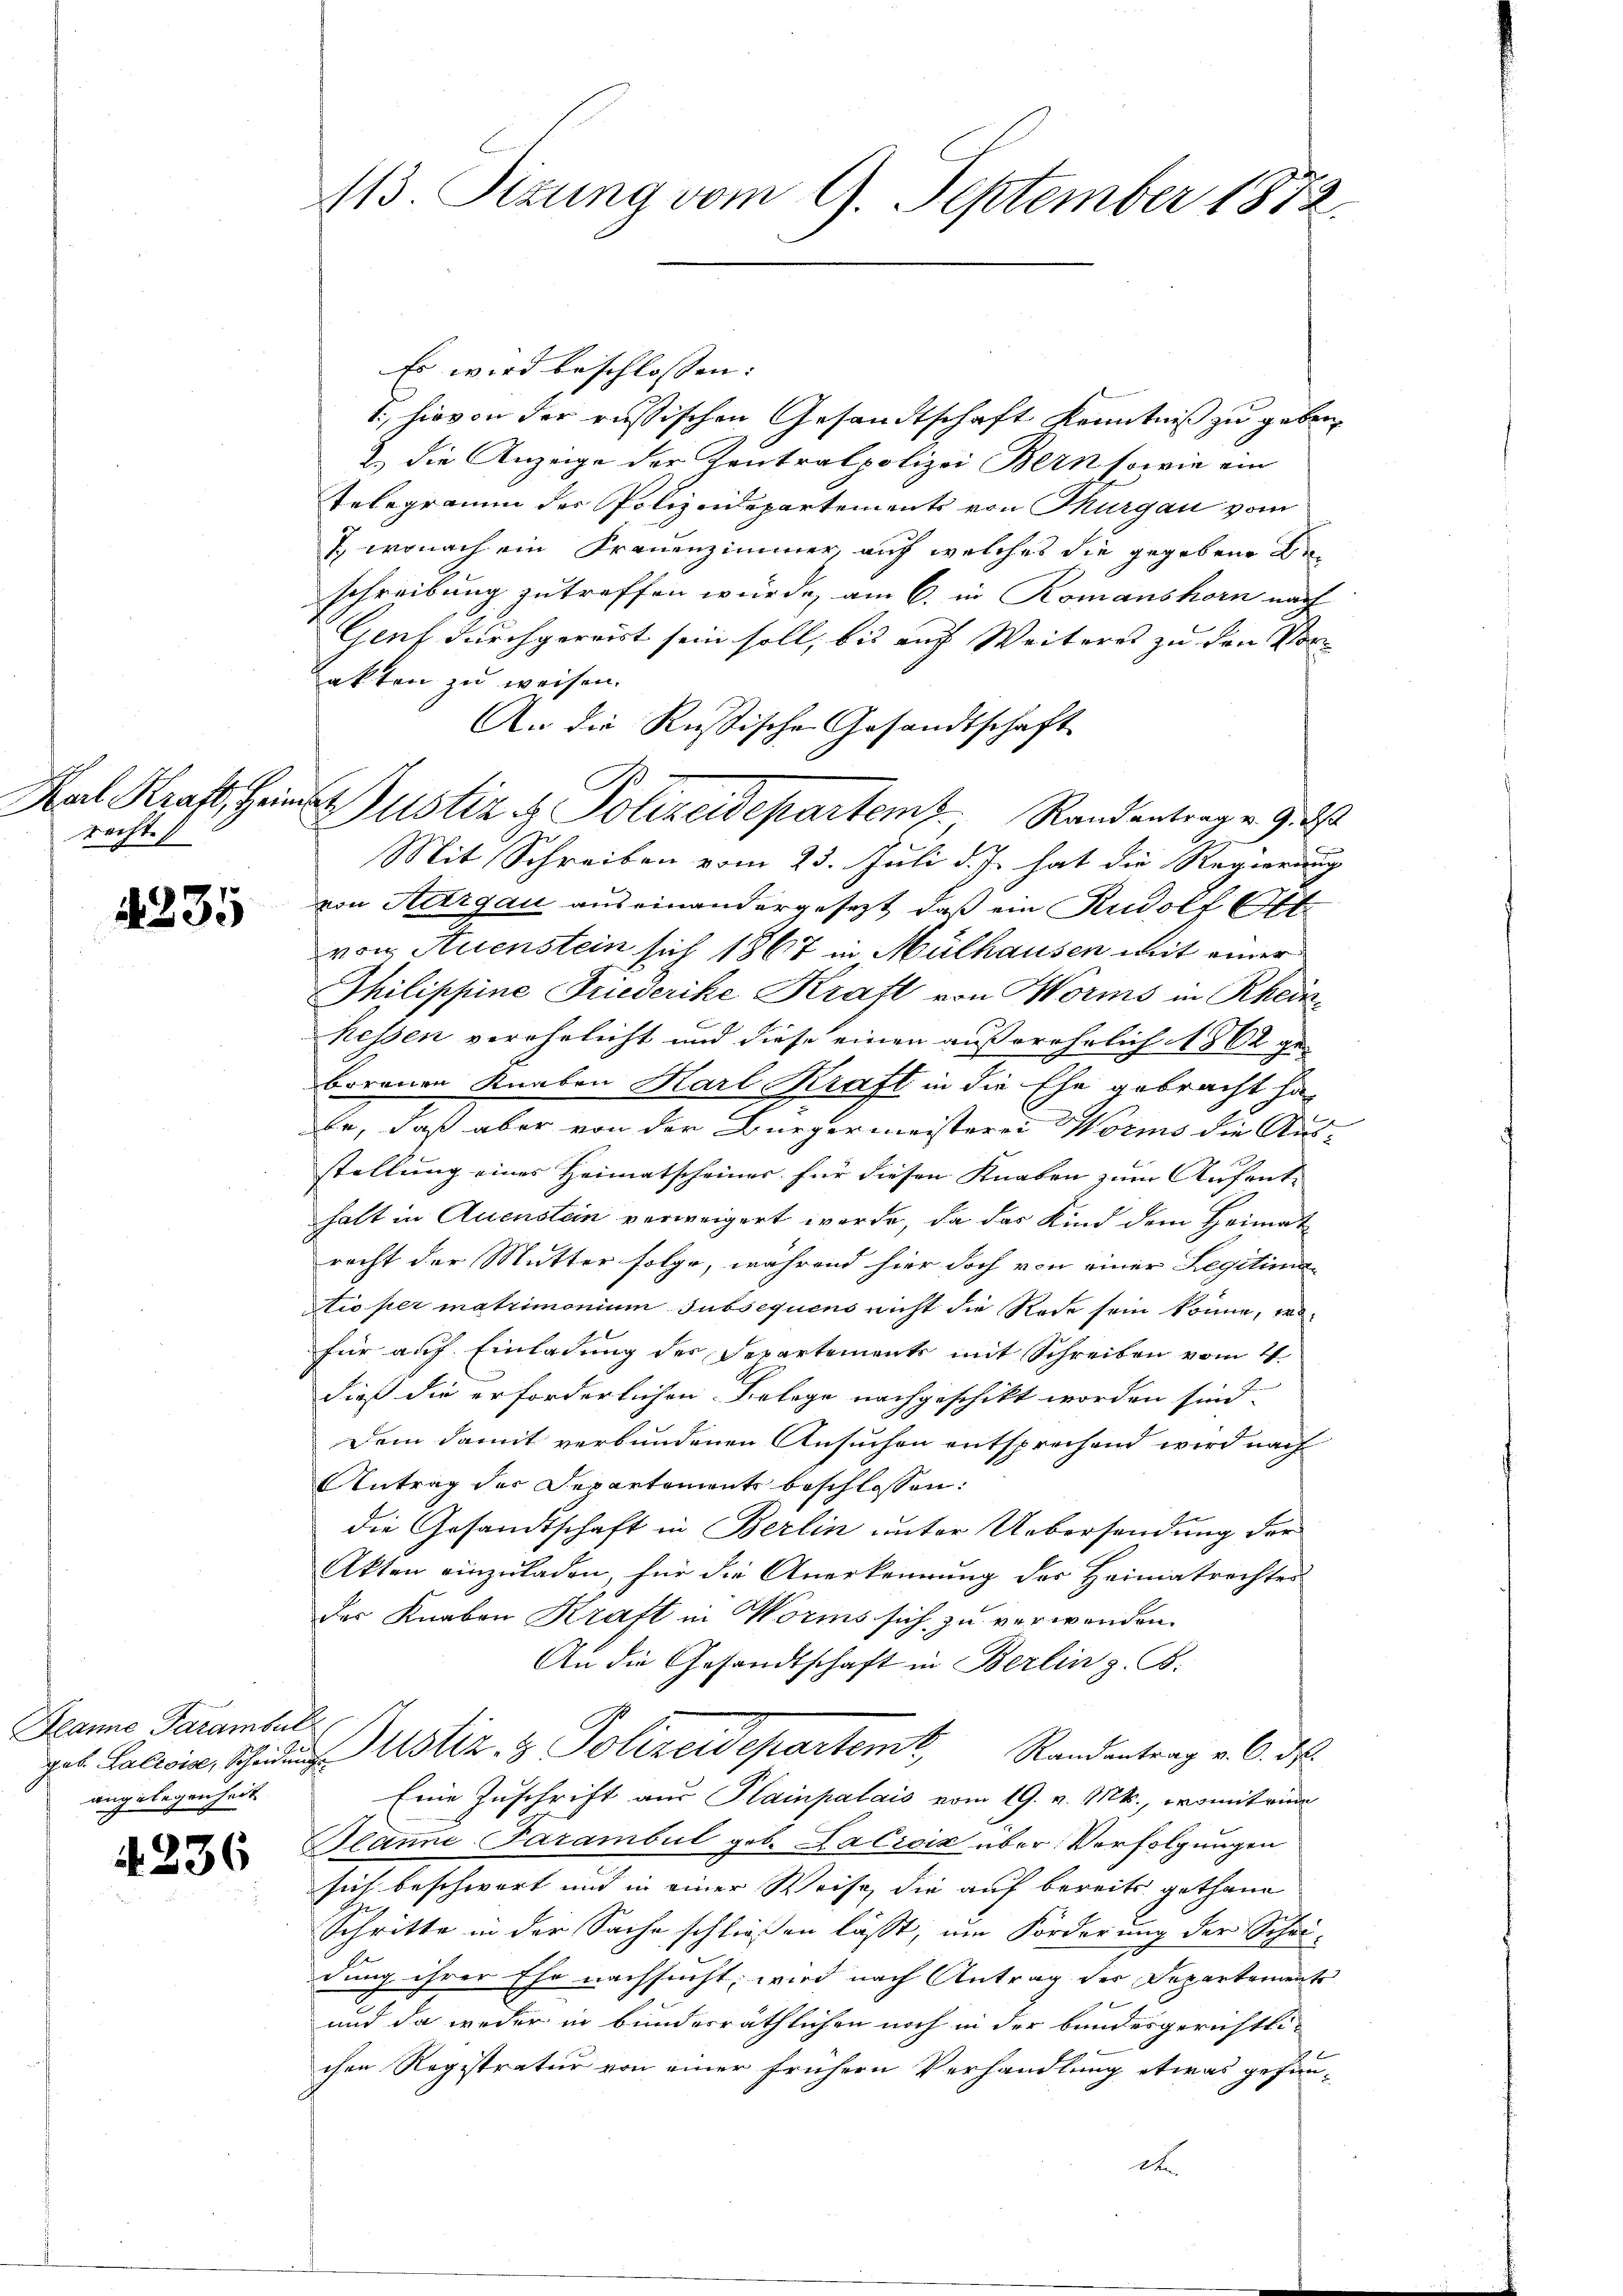
recht.

235

Banne Parambul
angelegenheit
i

4236

Es wird beschlossen:
1., hievon der russischen Gesandtschaft Kenntniß zu geben
2.) die Anzeige der Zentralpolizei Bern sowie ein
Telegramm der Polizeidepartements von Thurgau vom
7., wonach ein Frauenzimmer, auf welches die gegebene Be
schreibung zu treffen würde, am 6. in Romanshorn nach
Genf durchgereist sein soll, bis auf Weiteres zu den Vorakten zu weisen.
An die Russische Gesandtschaft
Mit Schreiben vom 23. Juli d. J. hat die Regierung
von Aargau auseinandergesezt, daß ein Rudolf E
von Auenstein sich 1867 in Mülhausen mit einer
Thilippine Friederike Kratt von Worms in Rhein
kessen verehelicht und diese einen außerehelich 1862 ge-
borenen Knaben Karl Kraft in die Ehe gebracht ha
be, daß aber von der Bürgermeisterei Worms die Ausstellung eines Heimatscheiner für diesen Knaben zum Aufent-
halt in Auenstein verweigert werde, da das Kind dem Heimatrecht der Mutter folge, während hier doch von einer Legitima
tio per matrimonium subsequens nicht die Rede sein könne, wofür auf Einladung des Departements mit Schreiben vom 4.
dieß die erforderlichen Belege nachgeschikt worden sind.
Dem damit verbundenen Ansuchen entsprechend wird nach
Antrag der Departement beschlossen:
die Gesandtschaft in Berlin unter Uebersendung der
Akten einzuladen, für die Anerkennung des Heimatrechter
des Knaben Kraft in Worms sich zu verwenden.
An die Gesandtschaft in Berlin z. B.
get. Gallis, Scheidung ustiz & Polizeidepartent Randantrag v. 6. ds.
Eine Zuschrift aus Plainpalais vom 19. v. Mts., womit eine
Blanne-Farambul geb. Lacroix über Verfolgungen
sich beschwert und in einer Weise, die auf bereits gethane
Schritte in der Sache schließen lässt, um Forderung der Schei-
dung ihrer Ehe nachsucht, wird nach Antrag der Departemente
und da weder in bundesräthlichen noch in der bundesgerichtli-
chen Registratur von einer frühern Verhandlung etwas gefun-
d

113. Sizung vom 9. September 1872.

Kal Kraft, Heim Justiz & Polizeidepartem Randantrag v. 9. Ist